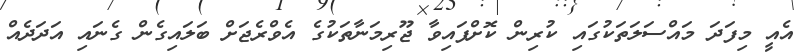
އެއީ މިފަދަ މައްސަލަތަކުގައި ކުރިން ކޮށްފައިވާ ޖޫރިމަނާތަކުގެ އެވްރެޖަށް ބަލައިގެން ގެނައި އަދަދެއް